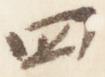
四